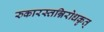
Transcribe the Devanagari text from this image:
रुकारस्तन्निरोधकृत्